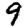
Digit: 9